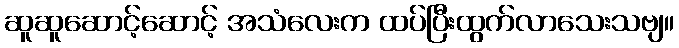
ဆူဆူဆောင့်ဆောင့် အသံလေးက ထပ်ပြီးထွက်လာသေးသဗျ။